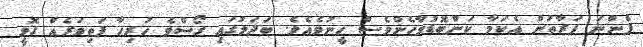
ފެންނަ ފަރާތުން އެކަމާ ކަންބޮޑުވާހެންވެސް ހީނުވެއެވެ. ބަދަލުގައި ގޯސްވެ ހުރިހާ ފަތިވަރެއް ގޮވީ